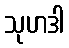
သုဟဒါ